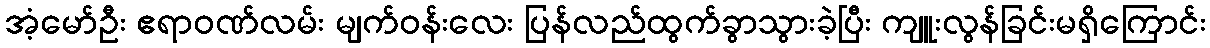
အံ့မော်ဦး ဧရာဝဏ်လမ်း မျက်ဝန်းလေး ပြန်လည်ထွက်ခွာသွားခဲ့ပြီး ကျူးလွန်ခြင်းမရှိကြောင်း